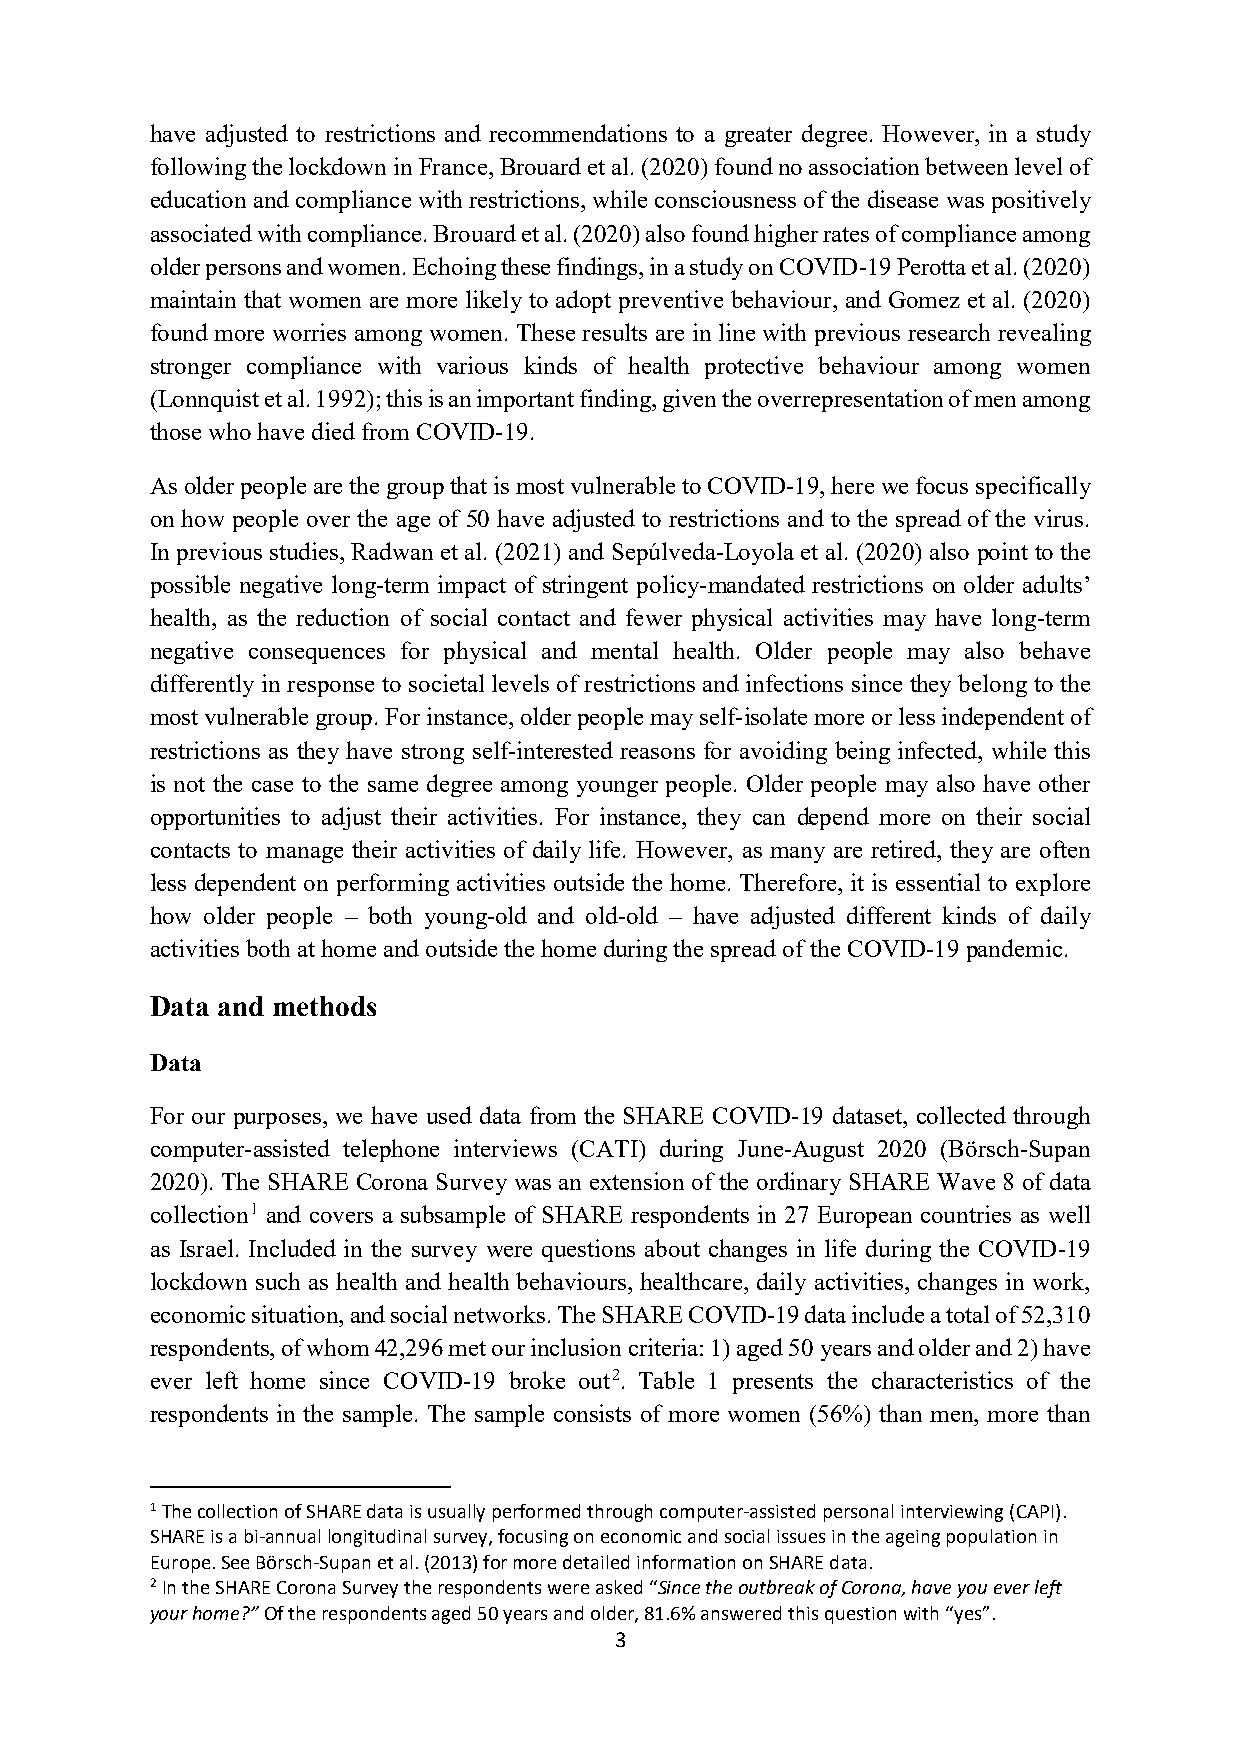
have adjusted to restrictions and recommendations to a greater degree. However, in a study
 following the lockdown in France, Brouard et al. (2020) found no association between level of
 education and compliance with restrictions, while consciousness of the disease was positively
 associated with compliance. Brouard et al. (2020) also found higher rates of compliance among
 older persons and women. Echoing these findings, in a study on COVID-19 Perotta et al. (2020)
 maintain that women are more likely to adopt preventive behaviour, and Gomez et al. (2020)
 found more worries among women. These results are in line with previous research revealing
 stronger compliance with various kinds of health protective behaviour among women
 (Lonnquist et al. 1992); this is an important finding, given the overrepresentation of men among
 those who have died from COVID-19.
 As older people are the group that is most vulnerable to COVID-19, here we focus specifically
 on how people over the age of 50 have adjusted to restrictions and to the spread of the virus.
 In previous studies, Radwan et al. (2021) and Sepúlveda-Loyola et al. (2020) also point to the
 possible negative long-term impact of stringent policy-mandated restrictions on older adults’
 health, as the reduction of social contact and fewer physical activities may have long-term
 negative consequences for physical and mental health. Older people may also behave
 differently in response to societal levels of restrictions and infections since they belong to the
 most vulnerable group. For instance, older people may self-isolate more or less independent of
 restrictions as they have strong self-interested reasons for avoiding being infected, while this
 is not the case to the same degree among younger people. Older people may also have other
 opportunities to adjust their activities. For instance, they can depend more on their social
 contacts to manage their activities of daily life. However, as many are retired, they are often
 less dependent on performing activities outside the home. Therefore, it is essential to explore
 how older people – both young-old and old-old – have adjusted different kinds of daily
 activities both at home and outside the home during the spread of the COVID-19 pandemic.
 Data and methods
 Data
 For our purposes, we have used data from the SHARE COVID-19 dataset, collected through
 computer-assisted telephone interviews (CATI) during June-August 2020 (Börsch-Supan
 2020). The SHARE Corona Survey was an extension of the ordinary SHARE Wave 8 of data
 collection1 and covers a subsample of SHARE respondents in 27 European countries as well
 as Israel. Included in the survey were questions about changes in life during the COVID-19
 lockdown such as health and health behaviours, healthcare, daily activities, changes in work,
 economic situation, and social networks. The SHARE COVID-19 data include a total of 52,310
 respondents, of whom 42,296 met our inclusion criteria: 1) aged 50 years and older and 2) have
 ever left home since COVID-19 broke out2. Table 1 presents the characteristics of the
 respondents in the sample. The sample consists of more women (56%) than men, more than
 1 The collection of SHARE data is usually performed through computer-assisted personal interviewing (CAPI).
 SHARE is a bi-annual longitudinal survey, focusing on economic and social issues in the ageing population in
 Europe. See Börsch-Supan et al. (2013) for more detailed information on SHARE data.
 2 In the SHARE Corona Survey the respondents were asked “Since the outbreak of Corona, have you ever left
 your home?” Of the respondents aged 50 years and older, 81.6% answered this question with “yes”.
 3